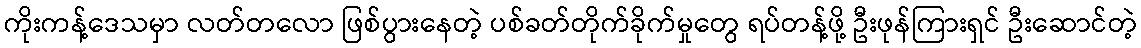
ကိုးကန့်ဒေသမှာ လတ်တလော ဖြစ်ပွားနေတဲ့ ပစ်ခတ်တိုက်ခိုက်မှုတွေ ရပ်တန့်ဖို့ ဦးဖုန်ကြားရှင် ဦးဆောင်တဲ့